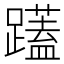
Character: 𮜝